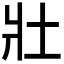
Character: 𡉟